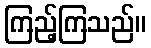
ကြည့်ကြသည်။